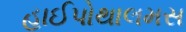
હાઈપોથાલમસ